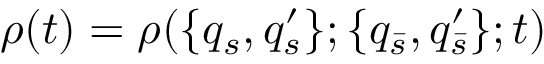
\rho ( t ) = \rho ( \{ q _ { s } , q _ { s } ^ { \prime } \} ; \{ q _ { \bar { s } } , q _ { \bar { s } } ^ { \prime } \} ; t )